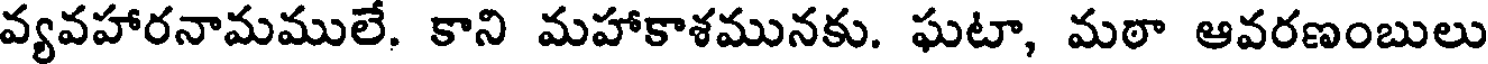
వ్యవహారనామములే. కాని మహాకాశమునకు. ఘటా, మఠా ఆవరణంబులు